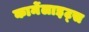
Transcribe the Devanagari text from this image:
कार्मेलाइट्स